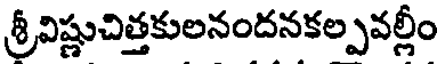
శ్రీవిష్ణుచిత్తకులనందనకల్పవల్లీం